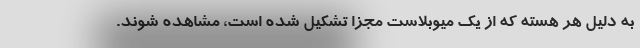
به دلیل هر هسته که از یک میوبلاست مجزا تشکیل شده است، مشاهده شوند.